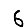
Digit: 6